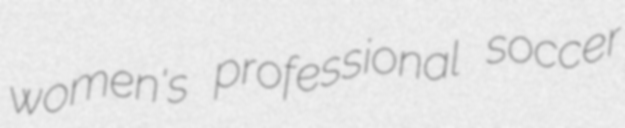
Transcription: women's professional soccer